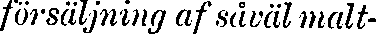
försäljning af såväl malt-